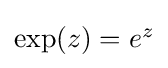
{\textstyle \exp(z)=e^{z}}